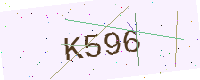
Text: K596